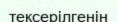
тексерілгенін